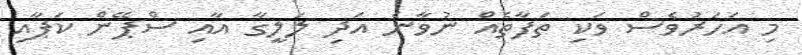
މި އަހަރުވެސް ވަކި ތަފާތެއް ނުވާނެ އަދި ލަލީގާ އާއި ސްޕޭން ކަޕާއި